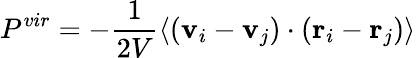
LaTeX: P^{vir}=-\frac{1}{2V}\left\langle(\textbf{v}_{i}-\textbf{v}_{j})\cdot(\textbf{r}_{i}-\textbf{r}_{j})\right\rangle